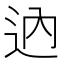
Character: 𨑧